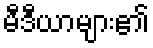
မီဒီယာများ၏